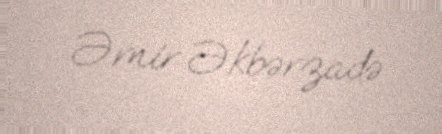
Əmir Əkbərzadə